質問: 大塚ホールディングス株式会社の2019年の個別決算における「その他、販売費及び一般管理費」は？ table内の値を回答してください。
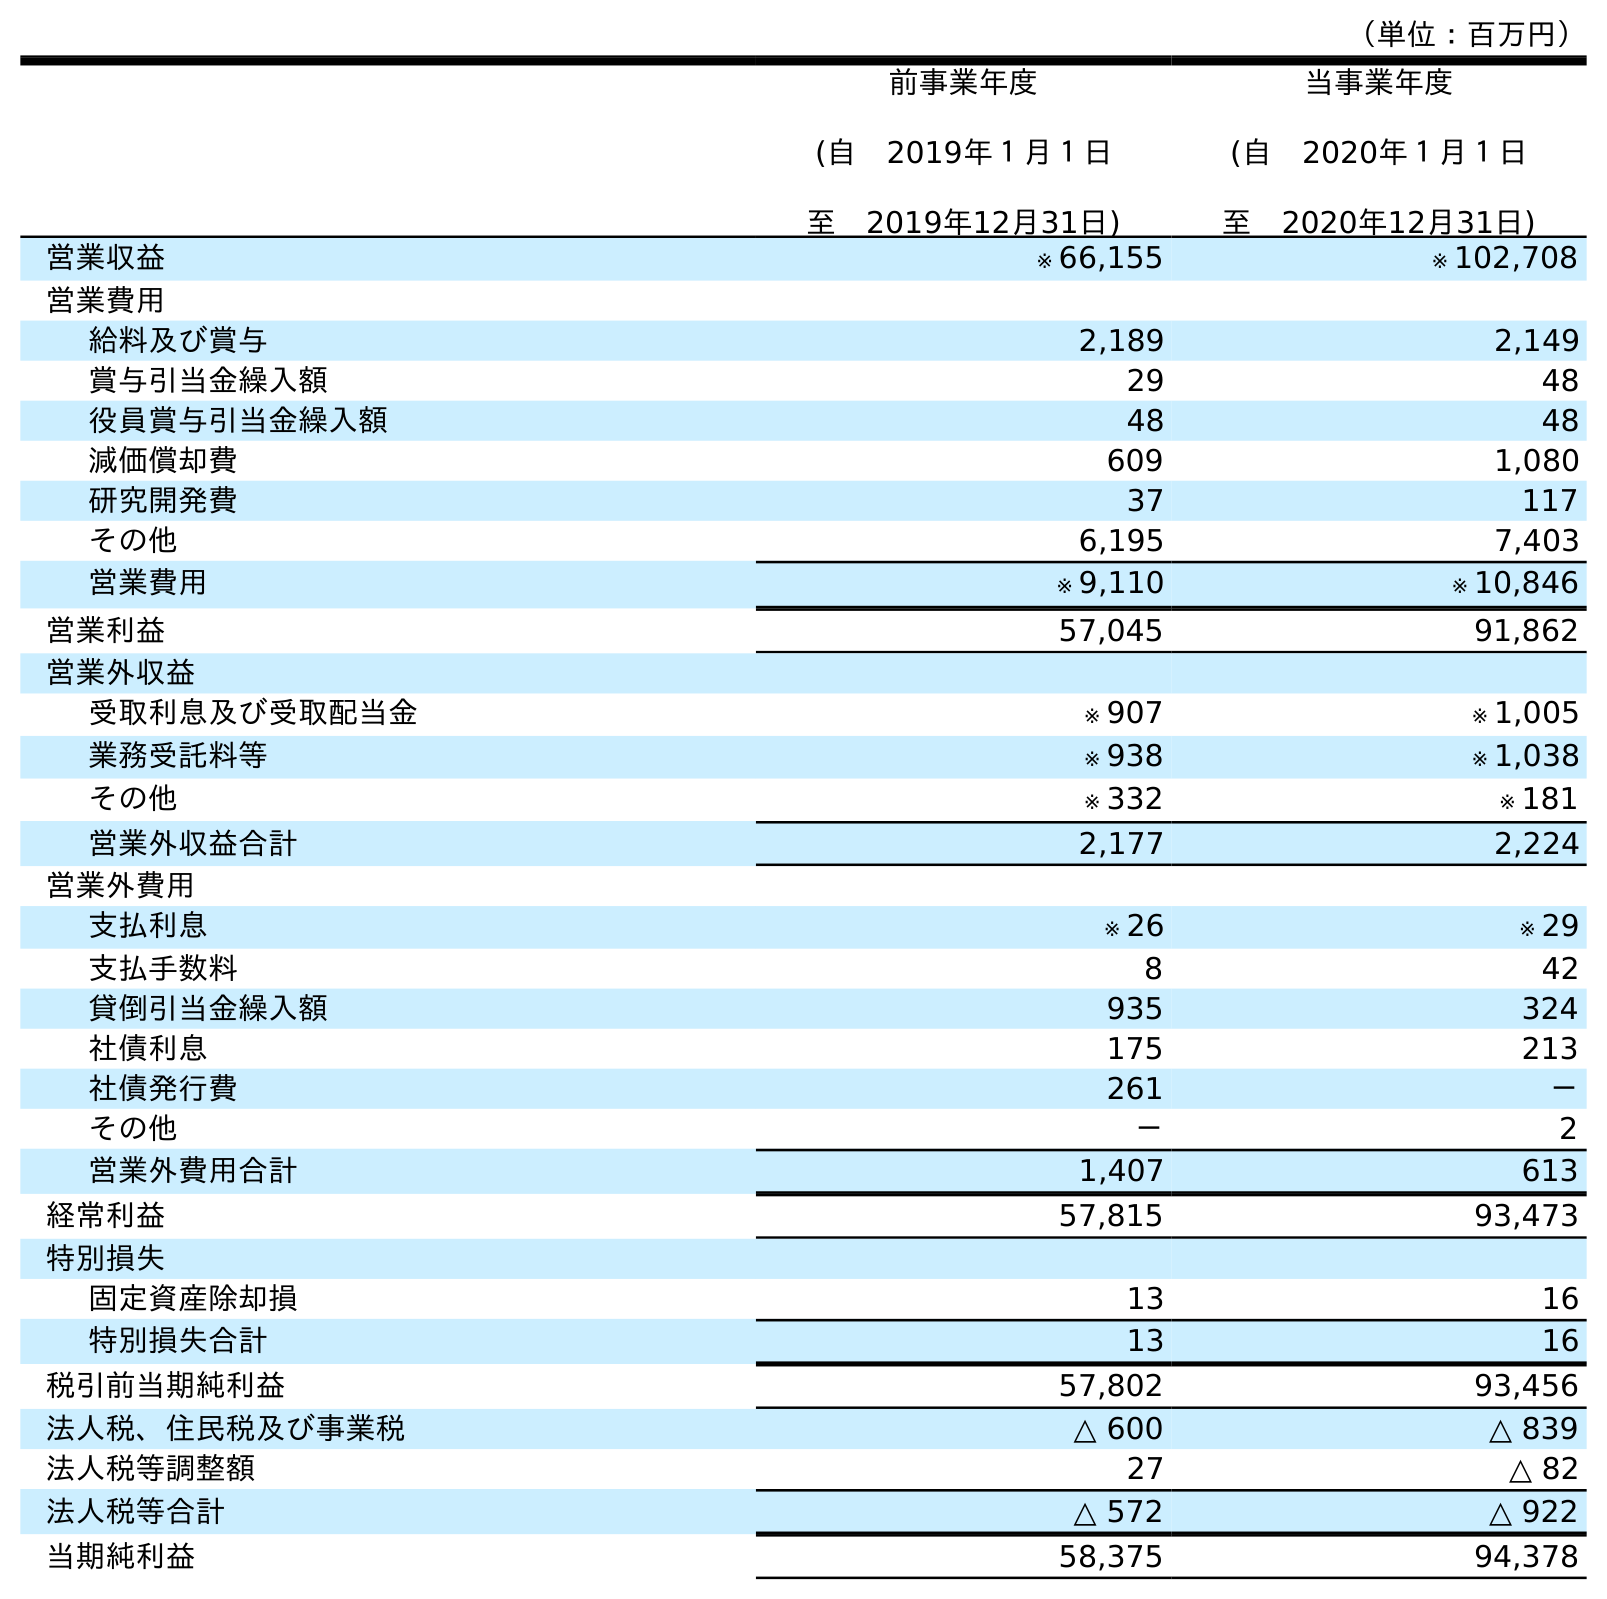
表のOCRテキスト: （単位：百万円） 前事業年度 (自 2019年１月１日 至 2019年12月31日) 当事業年度 (自 2020年１月１日 至 2020年12月31日) 営業収益 ※ 66,155 ※ 102,708 営業費用 給料及び賞与 2,189 2,149 賞与引当金繰入額 29 48 役員賞与引当金繰入額 48 48 減価償却費 609 1,080 研究開発費 37 117 その他 6,195 7,403 営業費用 ※ 9,110 ※ 10,846 営業利益 57,045 91,862 営業外収益 受取利息及び受取配当金 ※ 907 ※ 1,005 業務受託料等 ※ 938 ※ 1,038 その他 ※ 332 ※ 181 営業外収益合計 2,177 2,224 営業外費用 支払利息 ※ 26 ※ 29 支払手数料 8 42 貸倒引当金繰入額 935 324 社債利息 175 213 社債発行費 261 － その他 － 2 営業外費用合計 1,407 613 経常利益 57,815 93,473 特別損失 固定資産除却損 13 16 特別損失合計 13 16 税引前当期純利益 57,802 93,456 法人税、住民税及び事業税 △ 600 △ 839 法人税等調整額 27 △ 82 法人税等合計 △ 572 △ 922 当期純利益 58,375 94,378
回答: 6,195